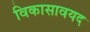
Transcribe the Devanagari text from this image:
विकासावयद